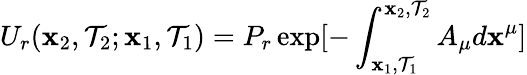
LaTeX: U_{r}(\mathbf{x}_{2},\mathcal{T}_{2};\mathbf{x}_{1},\mathcal{T}_{1})=P_{r}\exp[-\int_{\mathbf{x}_{1},\mathcal{T}_{1}}^{\mathbf{x}_{2},\mathcal{T}_{2}}A_{\mu}d\mathbf{x}^{\mu}]